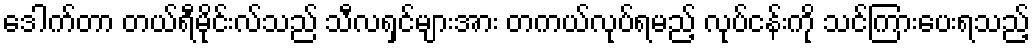
ဒေါက်တာ တယ်ရီမိုင်းလ်သည် သီလရှင်များအား တကယ်လုပ်ရမည့် လုပ်ငန်းကို သင်ကြားပေးရသည့်